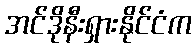
အင်ဒိုနီးရှားနိုင်ငံက